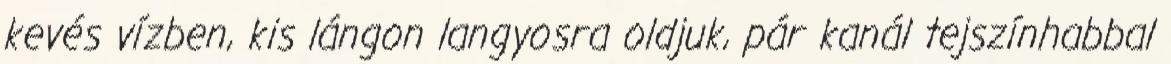
kevés vízben, kis lángon langyosra oldjuk, pár kanál tejszínhabbal